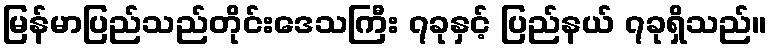
မြန်မာပြည်သည်တိုင်းဒေသကြီး ၇ခုနှင့် ပြည်နယ် ၇ခုရှိသည်။